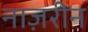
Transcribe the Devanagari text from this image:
नाज़रीन